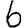
Digit: 6